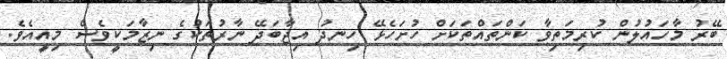
ބޭރު މާހައުލުން ކުރިމަތިވާ ކަންތައްތަކަށް ހުށަހެޅޭ ހިނދު އިޖާބަދޭ ނާރުތަކުގެ ނިޒާމަކީވެސް މިއީއެވެ.